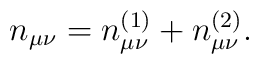
n_{\mu \nu} = n_{\mu \nu}^{(1)} + n_{\mu \nu}^{(2)}.